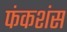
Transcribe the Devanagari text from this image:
फंकशंस